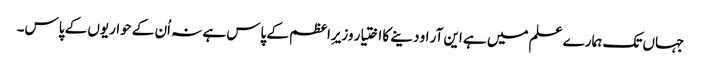
جہاں تک ہمارے علم میں ہے این آر او دینے کا اختیار وزیرِاعظم کے پاس ہے نہ اُن کے حواریوں کے پاس۔